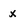
Character: x